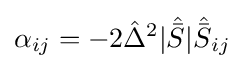
\alpha _{ij}=-2{\hat {\Delta }}^{2}|{\hat {\bar {S}}}|{\hat {\bar {S}}}_{ij}